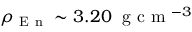
\rho _ { \mathrm { ~ E ~ n ~ } } \sim 3 . 2 0 \; \mathrm { ~ g ~ c ~ m ~ } ^ { - 3 }